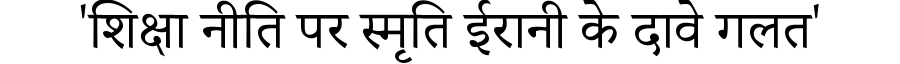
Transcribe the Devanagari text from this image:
'शिक्षा नीति पर स्मृति ईरानी के दावे गलत'